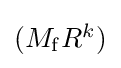
\textstyle (M_{\mathrm {f} }R^{k})